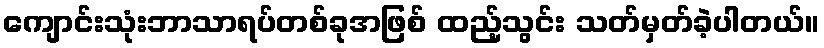
ကျောင်းသုံးဘာသာရပ်တစ်ခုအဖြစ် ထည့်သွင်း သတ်မှတ်ခဲ့ပါတယ်။